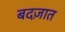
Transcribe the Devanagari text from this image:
बदज़ात